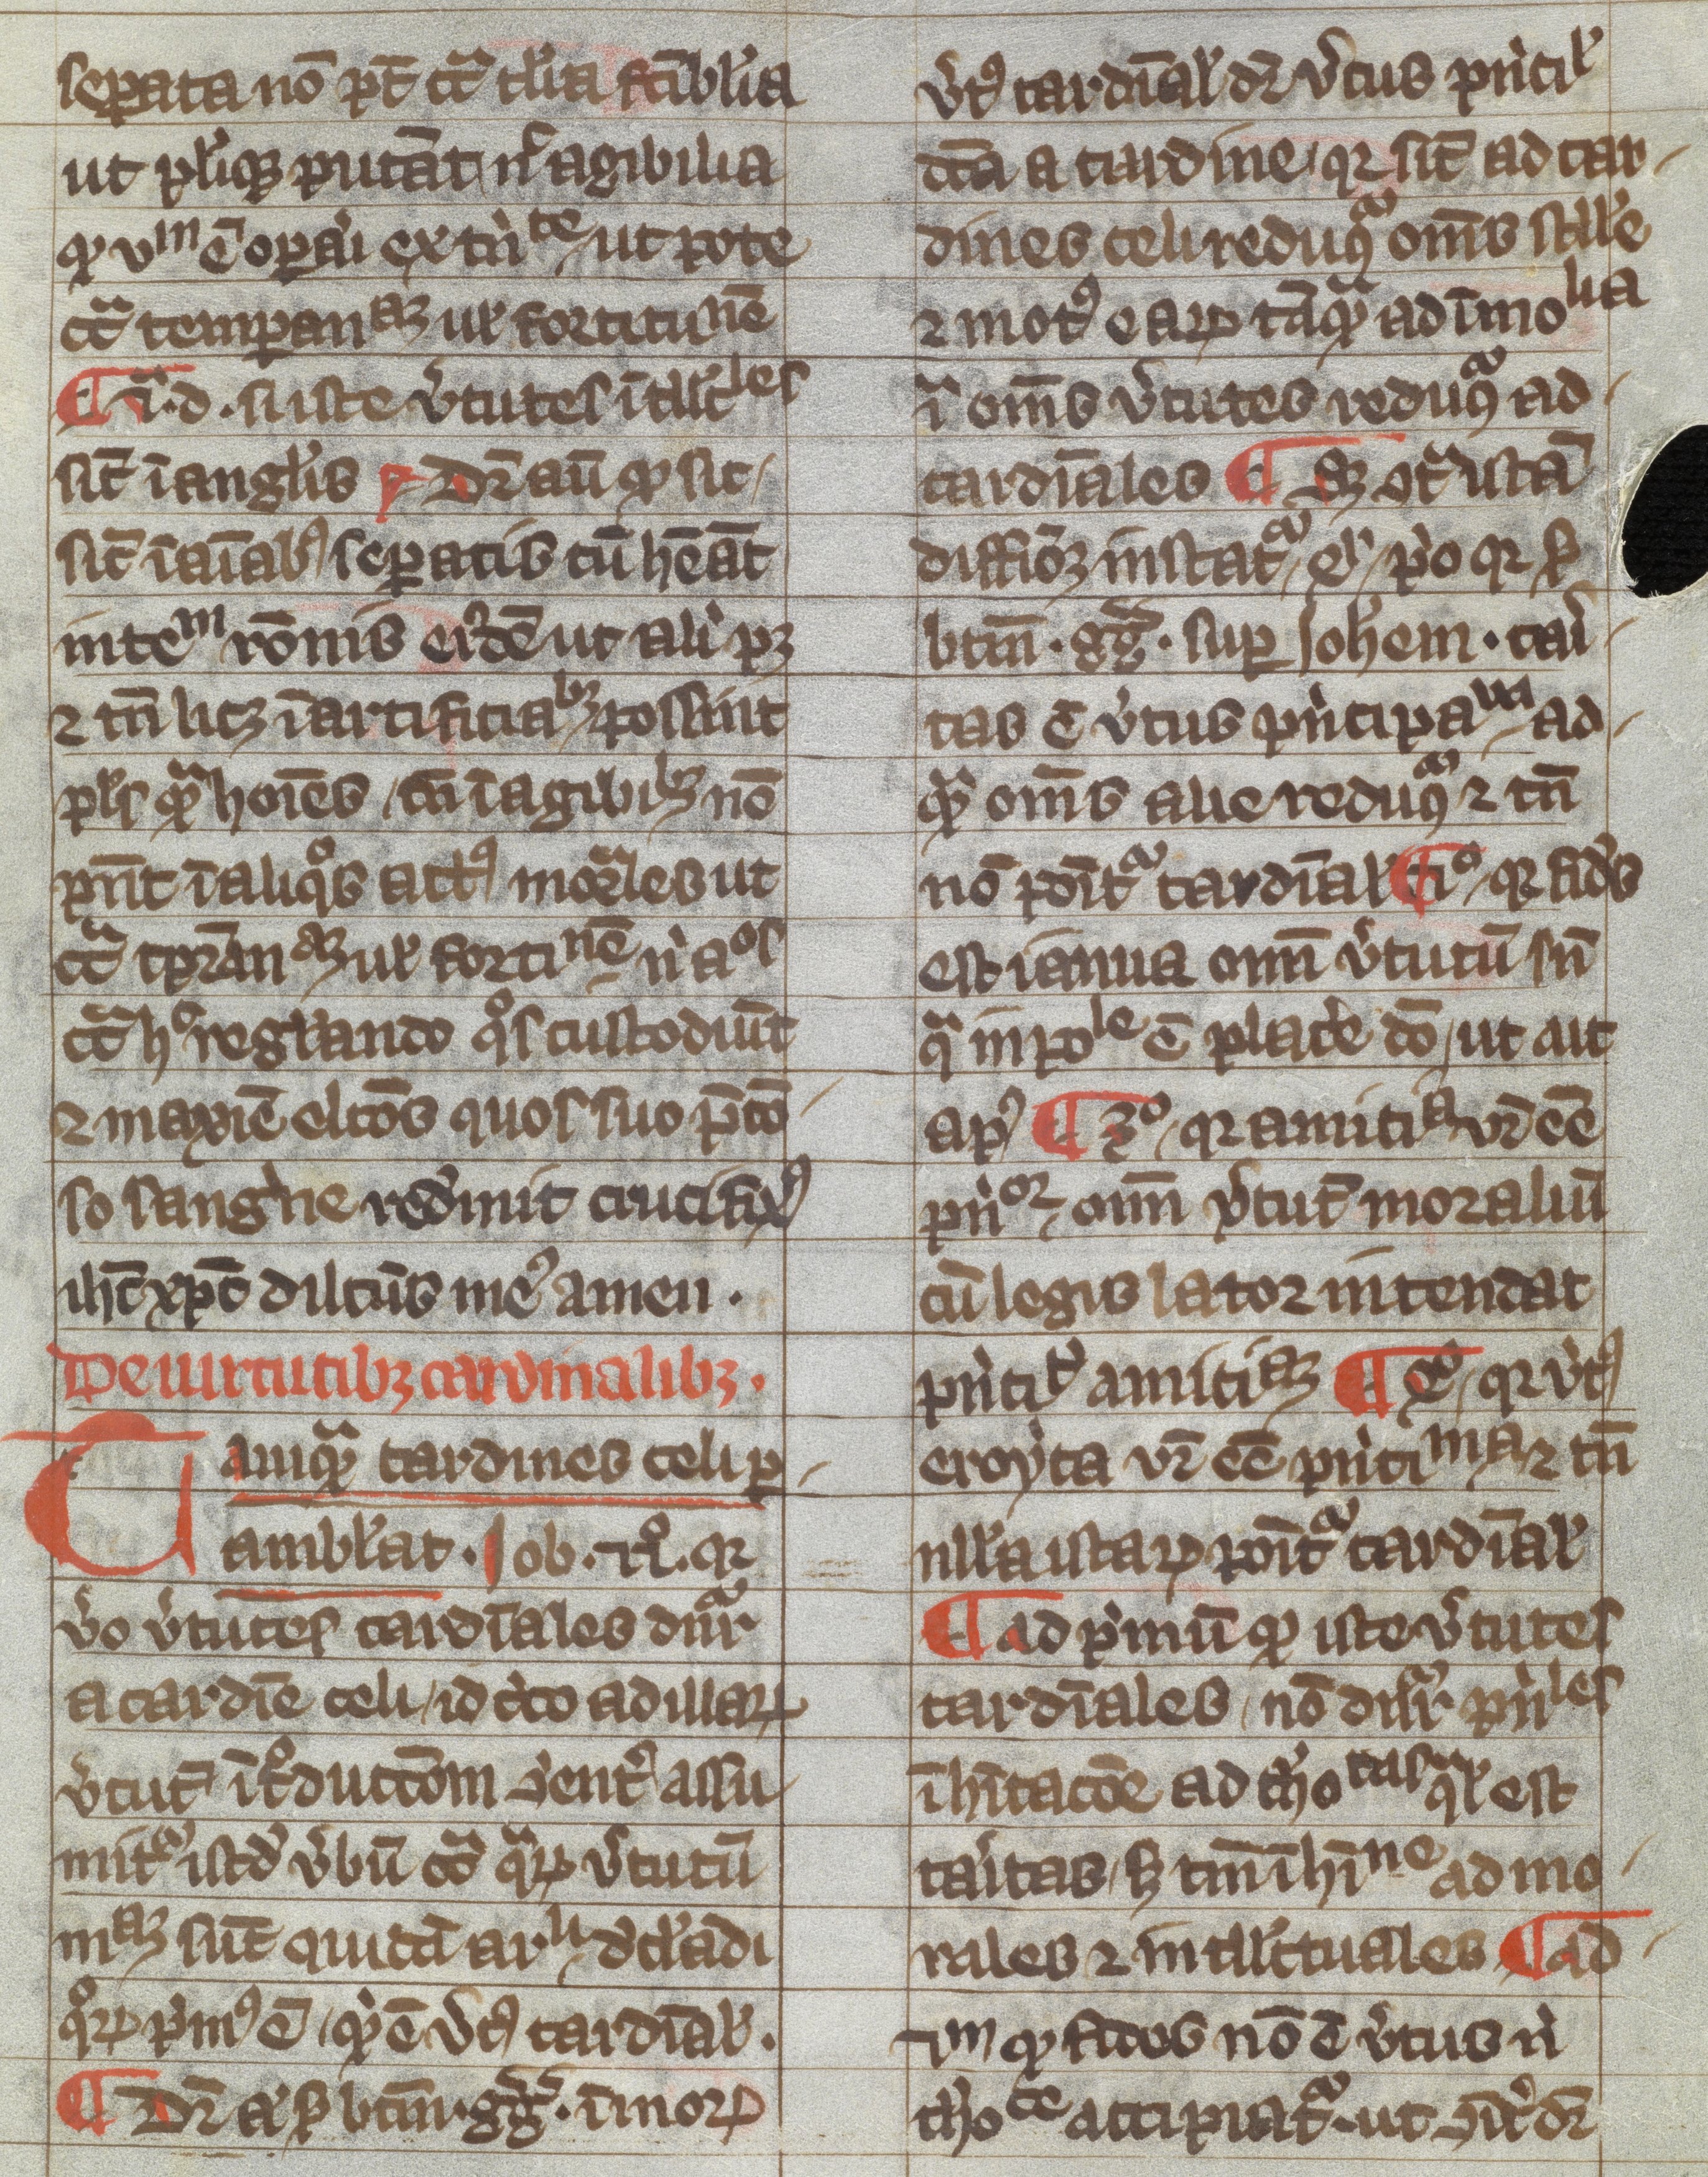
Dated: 1300–1399